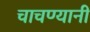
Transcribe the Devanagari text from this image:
चाचण्यानी